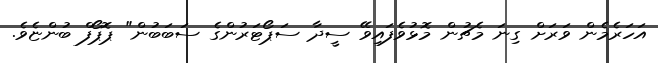
އަހަރެމެން ވަރަށް ގިނަ މެޗުން މޮޅުވެފައިވޭ ސީދާ ސަޕޯޓަރުންގެ ސަބަބުން" ޕޮޕޯފް ބުންޏެވެ.